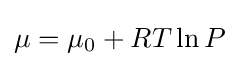
\mu =\mu _{0}+RT\ln P